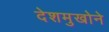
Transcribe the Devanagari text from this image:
देशमुखोने